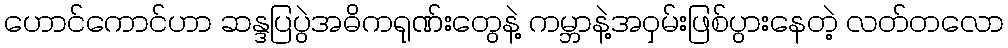
ဟောင်ကောင်ဟာ ဆန္ဒပြပွဲအဓိကရုဏ်းတွေနဲ့ ကမ္ဘာနဲ့အဝှမ်းဖြစ်ပွားနေတဲ့ လတ်တလော